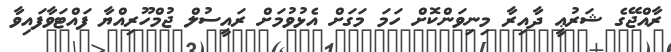
ރާއްޖޭގެ ޝަރުޢީ ދާއިރާ މިނިވަންކޮށް ހަމަ މަގަށް އެޅުވުމަށް ރައީސުލް ޖުމްހޫރިއްޔާ ފައްޓަވާފައިވާ